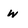
Character: w